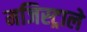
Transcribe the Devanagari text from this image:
मजिस्ट्राले